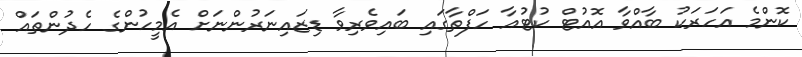
ކޮންމެ އަަަހަރަކު ބާއްވާ އޮއުޓް ކުޓުއާ ހަފްތާގައި ބައިވެރިވާ ޑިޒައިނަރުންނަށް އެމީހުންގެ ހެދުންތައް